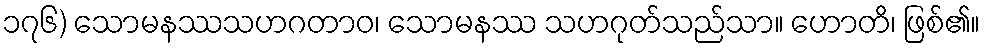
၁၇၆) သောမနဿသဟဂတာဝ၊ သောမနဿ သဟဂုတ်သည်သာ။ ဟောတိ၊ ဖြစ်၏။